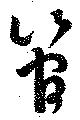
管